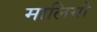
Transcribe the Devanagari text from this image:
मालियो